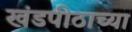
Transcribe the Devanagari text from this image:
खंडपीठाच्या